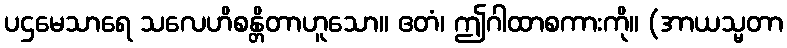
ပဌမေသာရေ သလေဟိစန္တိတာဟူသော။ ဧတံ၊ ဤဂါထာစကားကို။ (အာယသ္မတာ